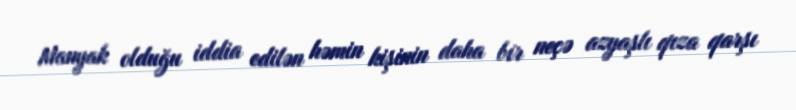
Manyak olduğu iddia edilən həmin kişinin daha bir neçə azyaşlı qıza qarşı